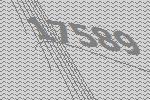
17589